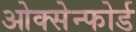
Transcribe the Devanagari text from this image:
ओक्सेन्फोर्ड